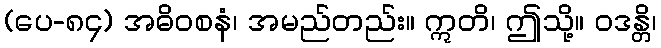
(ပေ-၈၄) အဓိဝစနံ၊ အမည်တည်း။ ဣတိ၊ ဤသို့။ ဝဒန္တိ၊